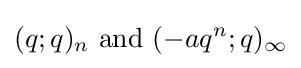
(q;q)_{n}{\text{ and }}(-aq^{n};q)_{\infty }